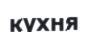
кухня